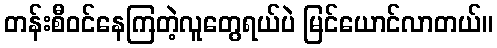
တန်းစီဝင်နေကြတဲ့လူတွေရယ်ပဲ မြင်ယောင်လာတယ်။